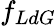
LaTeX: f_{LdG}